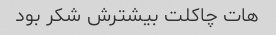
هات چاکلت بیشترش شکر بود